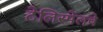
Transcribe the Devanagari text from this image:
टेलिस्मेलचे